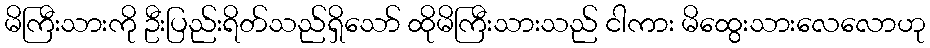
မိကြီးသားကို ဦးပြည်းရိတ်သည်ရှိသော် ထိုမိကြီးသားသည် ငါကား မိထွေးသားလေလောဟု